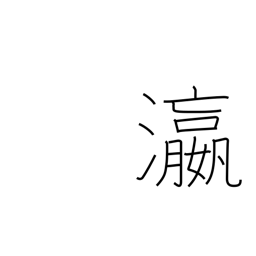
Meaning: ocean